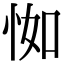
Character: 𢘾